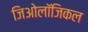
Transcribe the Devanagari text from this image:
जिओलॉजिकल